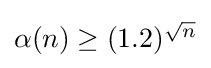
{\textstyle \alpha (n)\geq (1.2)^{\sqrt {n}}}